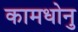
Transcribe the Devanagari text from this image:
कामधोनु